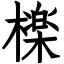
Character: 檪